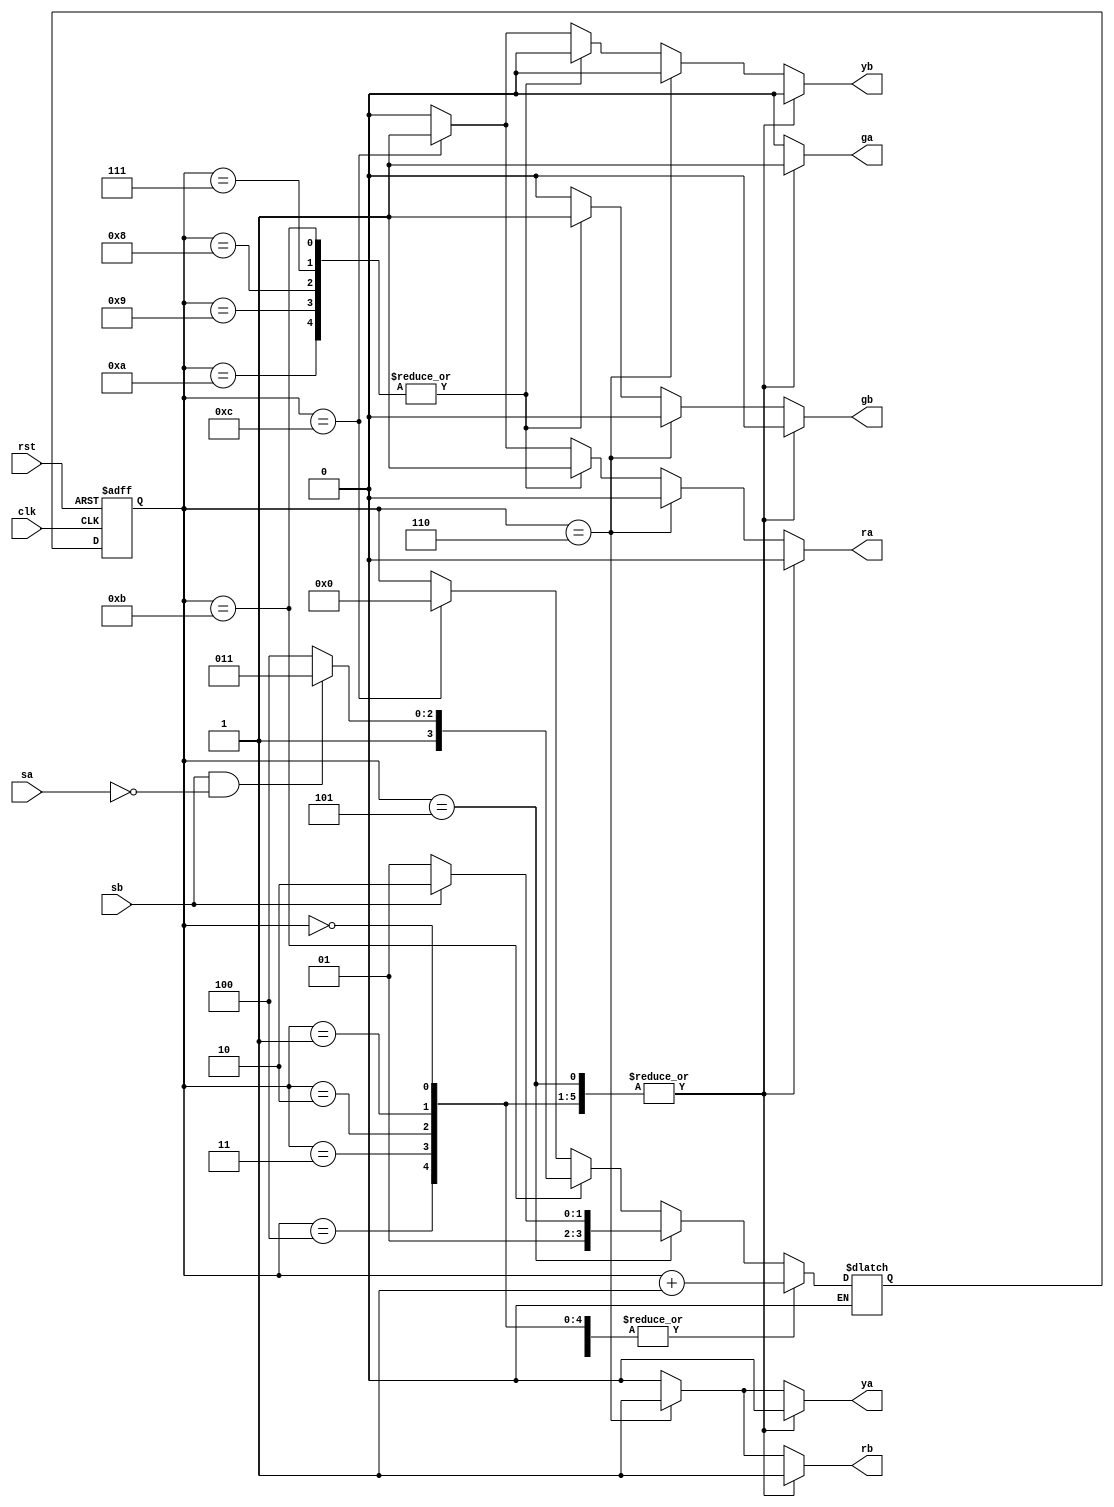
`timescale 1ns / 1ps
//////////////////////////////////////////////////////////////////////////////////
// Company: 
// 
// Design Name: 
// Module Name: traffic_light_controller
// Project Name: 
// Target Devices: 
// Tool Versions: 
// Description: 
// 
// Dependencies: 
// 
// Revision:
// Revision 0.01 - File Created
// Additional Comments:
// 
//////////////////////////////////////////////////////////////////////////////////


module traffic_light_controller (
    input clk,rst,sa,sb,
    output reg ra,ya,ga,rb,yb,gb
);
reg [3:0] s0=0,
          s1=1,
          s2=2,
          s3=3,
          s4=4,
          s5=5,
          s6=6,
          s7=7,
          s8=8,
          s9=9,
          s10=10,
          s11=11,
          s12=12;

reg [3:0] curstate,nextstate;
//current state 
always @(posedge clk , negedge rst) begin
    if(!rst)
    curstate<=s0;
    else 
    curstate<=nextstate;
   
end
//next state
always @(sa,sb,curstate) begin
    case (curstate)
        s0,s1,s2,s3,s4,s6,s7,s8,s9,s10: begin
            nextstate= curstate+1;
        end
        s5:begin
            if(sb==0)
            nextstate=s5;
            else if(sb==1)
            nextstate=s6;
        end
        s11:begin
            if(sb==1 && sa==0)
            nextstate=s11;
            else 
            nextstate=s12;
        end
        s12: nextstate=s0;
        default: nextstate=curstate;
    endcase
    
end

//output
always @(curstate) begin
ra=0;
ya=0;
ga=0;
rb=0;
yb=0;
gb=0;
case (curstate)
    s0,s1,s2,s3,s4,s5: begin
        ga=1;
        rb=1;
    end
    s6:begin
        ya=1;
        rb=1;
    end
    s7,s8,s9,s10,s11:begin
        ra=1;
        gb=1;
    end
    s12:begin
        ra=1;
        yb=1;
    end
    default: begin
        ra=0;
        ya=0;
        ga=0;
        rb=0;
        yb=0;
        gb=0;
    end
endcase
    
end

endmodule